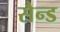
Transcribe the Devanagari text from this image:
सैन्ड